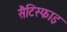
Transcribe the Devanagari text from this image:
सैटिस्फाइ